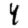
Digit: 4